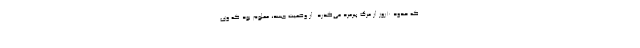
که حدود ۱۰روز از مرگ پیرمرد می‌گذرد. از وضعیت جسد، معلوم بود که وی